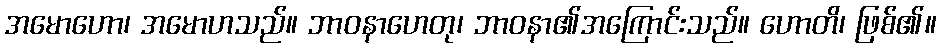
အမောဟော၊ အမောဟသည်။ ဘာဝနာဟေတု၊ ဘာဝနာ၏အကြောင်းသည်။ ဟောတိ၊ ဖြစ်၏။